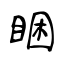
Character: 睏